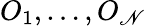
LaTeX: O_{1},\dots,O_{\mathscr{N}}